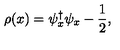
\rho ( x ) = \psi _ { x } ^ { \dag } \psi _ { x } - \frac { 1 } { 2 } ,